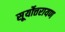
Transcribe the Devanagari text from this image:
सूर्योत्तरायण